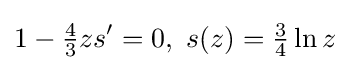
1-{\tfrac {4}{3}}zs^{\prime }=0,\ s(z)={\tfrac {3}{4}}\ln z